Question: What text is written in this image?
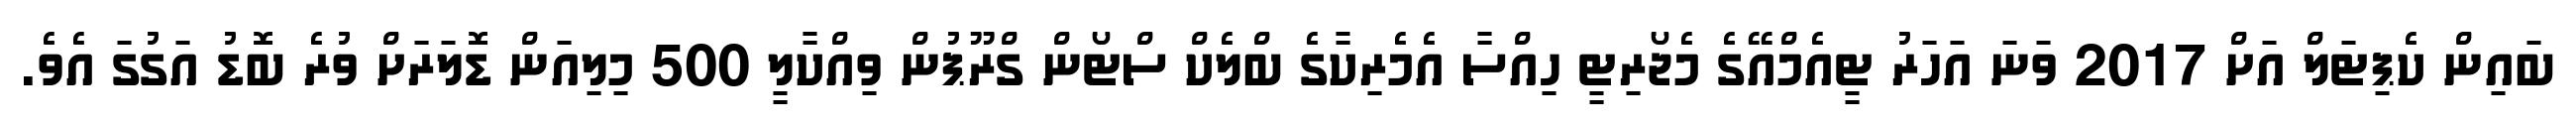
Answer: ބައިން ކެޕިޓަލް އަށް 2017 ވަނަ އަހަރު ޓީއެމްއޭގެ މެޖޯރިޓީ ހިއްސާ އެމެރިކާގެ ބްލެކް ސްޓޯން ގްރޫޕުން ވިއްކާލީ 500 މިލިއަން ޑޮލަރަށް ވުރެ ބޮޑު އަގުގަ އެވެ.